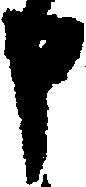
申